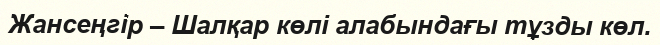
Жансеңгір – Шалқар көлі алабындағы тұзды көл.